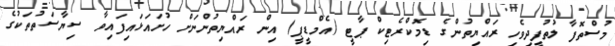
މުސްތޮފާ ލުތުފީދިވެހި ރައްޔިތުންގެ ޑިމޮކްރެޓިކް ޕާޓީ (އެމްޑީޕީ) އިން ރައްޔިތުންނަށް ހުށައަޅައިފައިވާ ސިޔާސަތުތަކުގެ